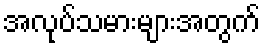
အလုပ်သမားများအတွက်